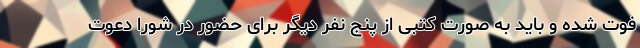
فوت شده و باید به صورت کتبی از پنج نفر دیگر برای حضور در شورا دعوت